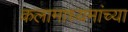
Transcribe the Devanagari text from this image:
कलामाध्यमांच्या